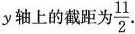
y轴上的截距为\frac { 11 } { 2 }.